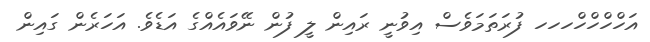
އަހްހްހްހްހހހ ފުރަތަމަވެސް އިވުނީ ރައިން ލީ ފުން ނޭވައެއްގެ އަޑެވެ. އަހަރެން ގައިން